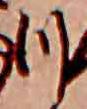
つ